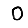
Digit: 0